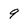
Character: 9